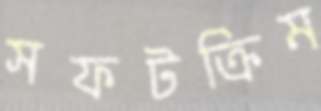
সফটক্রিম